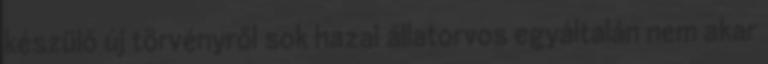
készülő új törvényről sok hazai állatorvos egyáltalán nem akar